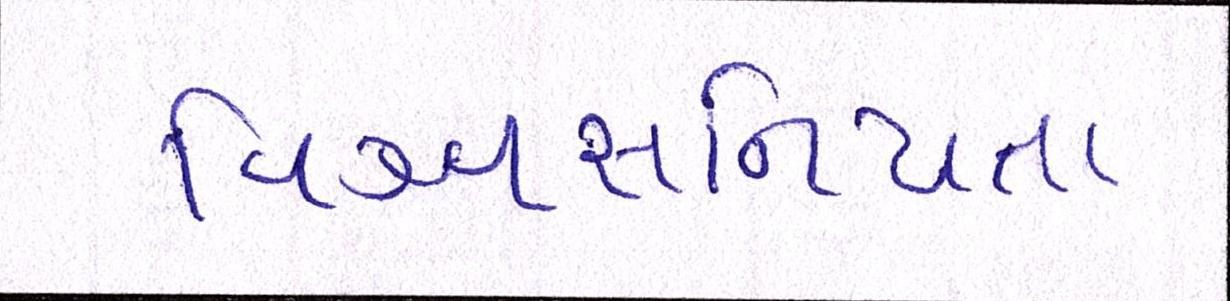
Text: વિશ્વસનિયતા